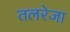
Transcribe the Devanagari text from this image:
तलरेजा